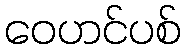
ဝေဟင်ပစ်